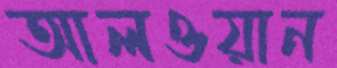
আলওয়ান